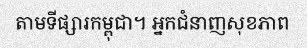
តាមទីផ្សារកម្ពុជា។ អ្នកជំនាញសុខភាព